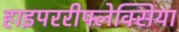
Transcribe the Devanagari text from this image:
हाइपररीफ्लेक्सिया